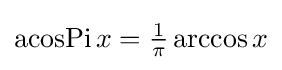
\operatorname {acosPi} x={\tfrac {1}{\pi }}\arccos x